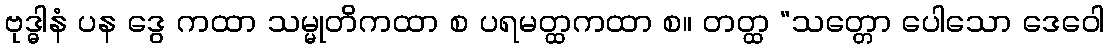
ဗုဒ္ဓါနံ ပန ဒွေ ကထာ သမ္မုတိကထာ စ ပရမတ္ထကထာ စ။ တတ္ထ “သတ္တော ပေါသော ဒေဝေါ